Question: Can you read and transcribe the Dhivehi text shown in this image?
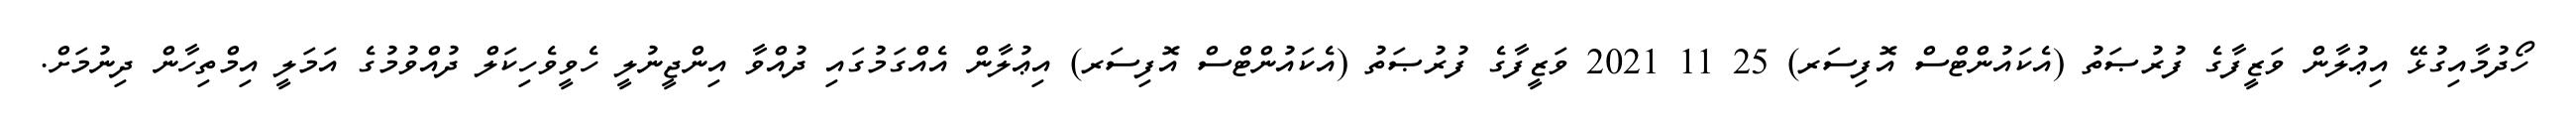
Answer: ހޯދުމާއިގުޅޭ އިޢުލާން ވަޒީފާގެ ފުރުޞަތު (އެކައުންޓްސް އޮފިސަރ) 25 11 2021 ވަޒީފާގެ ފުރުޞަތު (އެކައުންޓްސް އޮފިސަރ) އިޢުލާން އެއްގަމުގައި ދުއްވާ އިންޖީނުލީ ހެވީވެހިކަލް ދުއްވުމުގެ އަމަލީ އިމްތިހާން ދިނުމަށް.